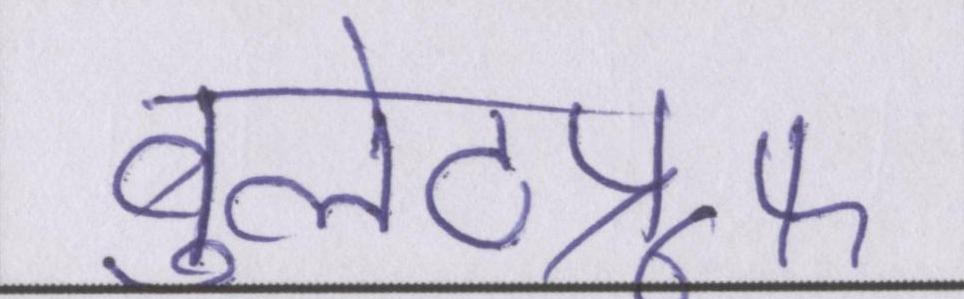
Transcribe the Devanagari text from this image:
बुलेटप्रूफ